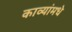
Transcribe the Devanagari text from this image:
काव्यांमधे